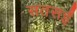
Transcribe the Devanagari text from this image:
सतसईं